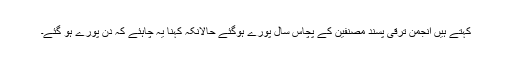
کہتے ہیں انجمن ترقی پسند مصنفین کے پچاس سال پورے ہوگئے حالانکہ کہنا یہ چاہئے کہ دن پورے ہو گئے۔